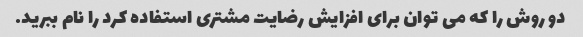
دو روش را که می توان برای افزایش رضایت مشتری استفاده کرد را نام ببرید.